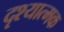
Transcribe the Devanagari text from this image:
दृश्‍यात्‍मक